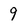
Character: 9